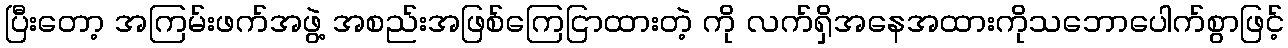
ပြီးတော့ အကြမ်းဖက်အဖွဲ့ အစည်းအဖြစ်ကြေငြာထားတဲ့ ကို လက်ရှိအနေအထားကိုသဘောပေါက်စွာဖြင့်